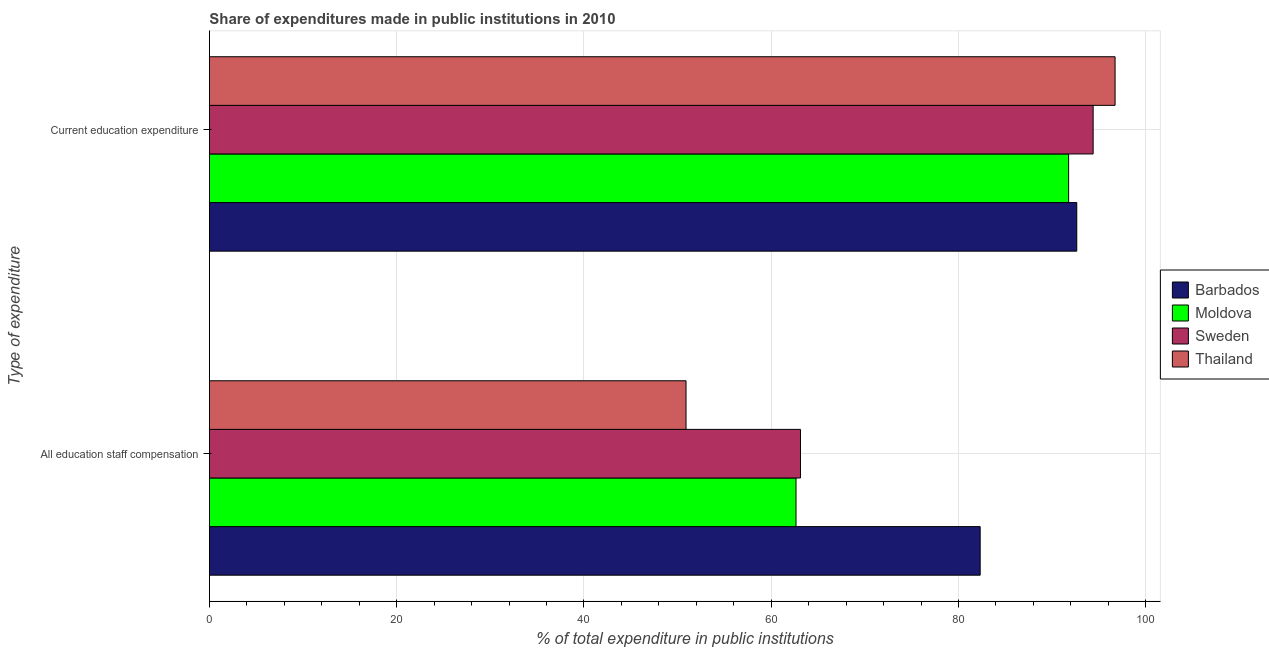
| Type of expenditure | Barbados | Moldova | Sweden | Thailand |
 | --- | --- | --- | --- | --- |
 | All education staff compensation | 82.3 | 62.6 | 63.1 | 50.9 |
 | Current education expenditure | 92.6 | 91.8 | 94.4 | 96.7 |